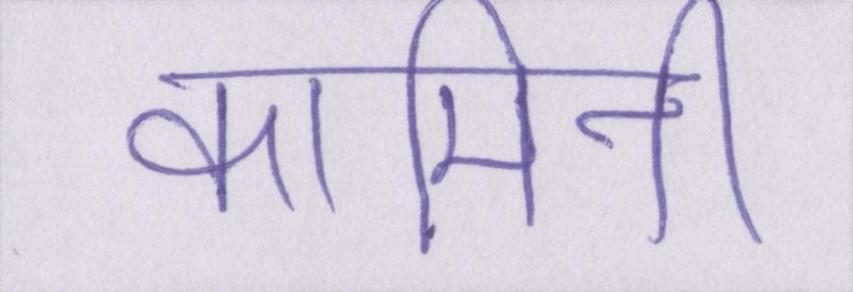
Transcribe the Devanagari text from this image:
कामिनी